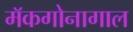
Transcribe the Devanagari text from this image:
मॅकगोनागाल